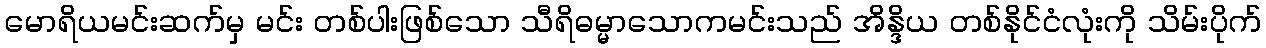
မောရိယမင်းဆက်မှ မင်း တစ်ပါးဖြစ်သော သီရိဓမ္မာသောကမင်းသည် အိန္ဒိယ တစ်နိုင်ငံလုံးကို သိမ်းပိုက်